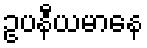
ဥပနီယမာနေ